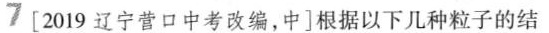
7[2019辽宁营口中考改编，中]根据以下几种粒子的结